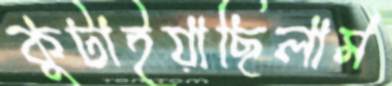
কুটাইয়াছিলাম